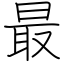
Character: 最